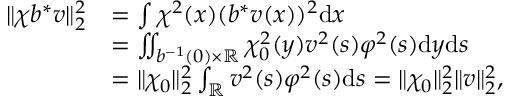
\begin{array} { r l } { \| \chi b ^ { * } v \| _ { 2 } ^ { 2 } } & { = \int \chi ^ { 2 } ( x ) ( b ^ { * } v ( x ) ) ^ { 2 } \mathrm { d } x } \\ & { = \iint _ { b ^ { - 1 } ( 0 ) \times \mathbb R } \chi _ { 0 } ^ { 2 } ( y ) v ^ { 2 } ( s ) \varphi ^ { 2 } ( s ) \mathrm { d } y \mathrm { d } s } \\ & { = \| \chi _ { 0 } \| _ { 2 } ^ { 2 } \int _ { \mathbb R } v ^ { 2 } ( s ) \varphi ^ { 2 } ( s ) \mathrm { d } s = \| \chi _ { 0 } \| _ { 2 } ^ { 2 } \| v \| _ { 2 } ^ { 2 } , } \end{array}